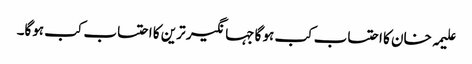
علیمہ خان کا احتساب کب ہو گا جہانگیر ترین کا احتساب کب ہوگا۔